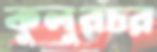
কুলুরচর